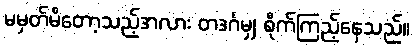
မမှတ်မိတော့သည့်အလား တဒင်္ဂမျှ စိုက်ကြည့်နေသည်။